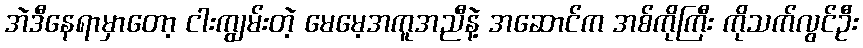
အဲဒီနေရာမှာတော့ ငါးကျွမ်းတဲ့ မေမေ့အကူအညီနဲ့ အဆောင်က အစ်ကိုကြီး ကိုသက်လွင်ဦး